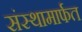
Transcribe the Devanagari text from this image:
संस्थामार्फत